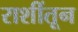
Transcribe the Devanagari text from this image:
राशींतून